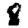
Digit: 8